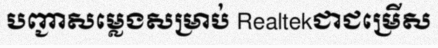
បញ្ជាសម្លេងសម្រាប់ Realtekជាជម្រើស